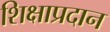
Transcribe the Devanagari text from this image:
शिक्षाप्रदान